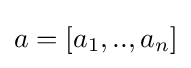
a=[a_{1},..,a_{n}]